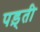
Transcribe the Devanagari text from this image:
पड़्ती